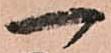
一